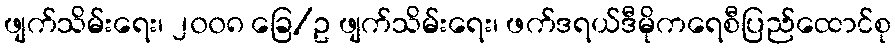
ဖျက်သိမ်းရေး၊ ၂၀၀၈ ခြေ/ဥ ဖျက်သိမ်းရေး၊ ဖက်ဒရယ်ဒီမိုကရေစီပြည်ထောင်စု